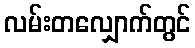
လမ်းတလျှောက်တွင်